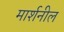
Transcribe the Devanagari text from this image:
मार्शनील